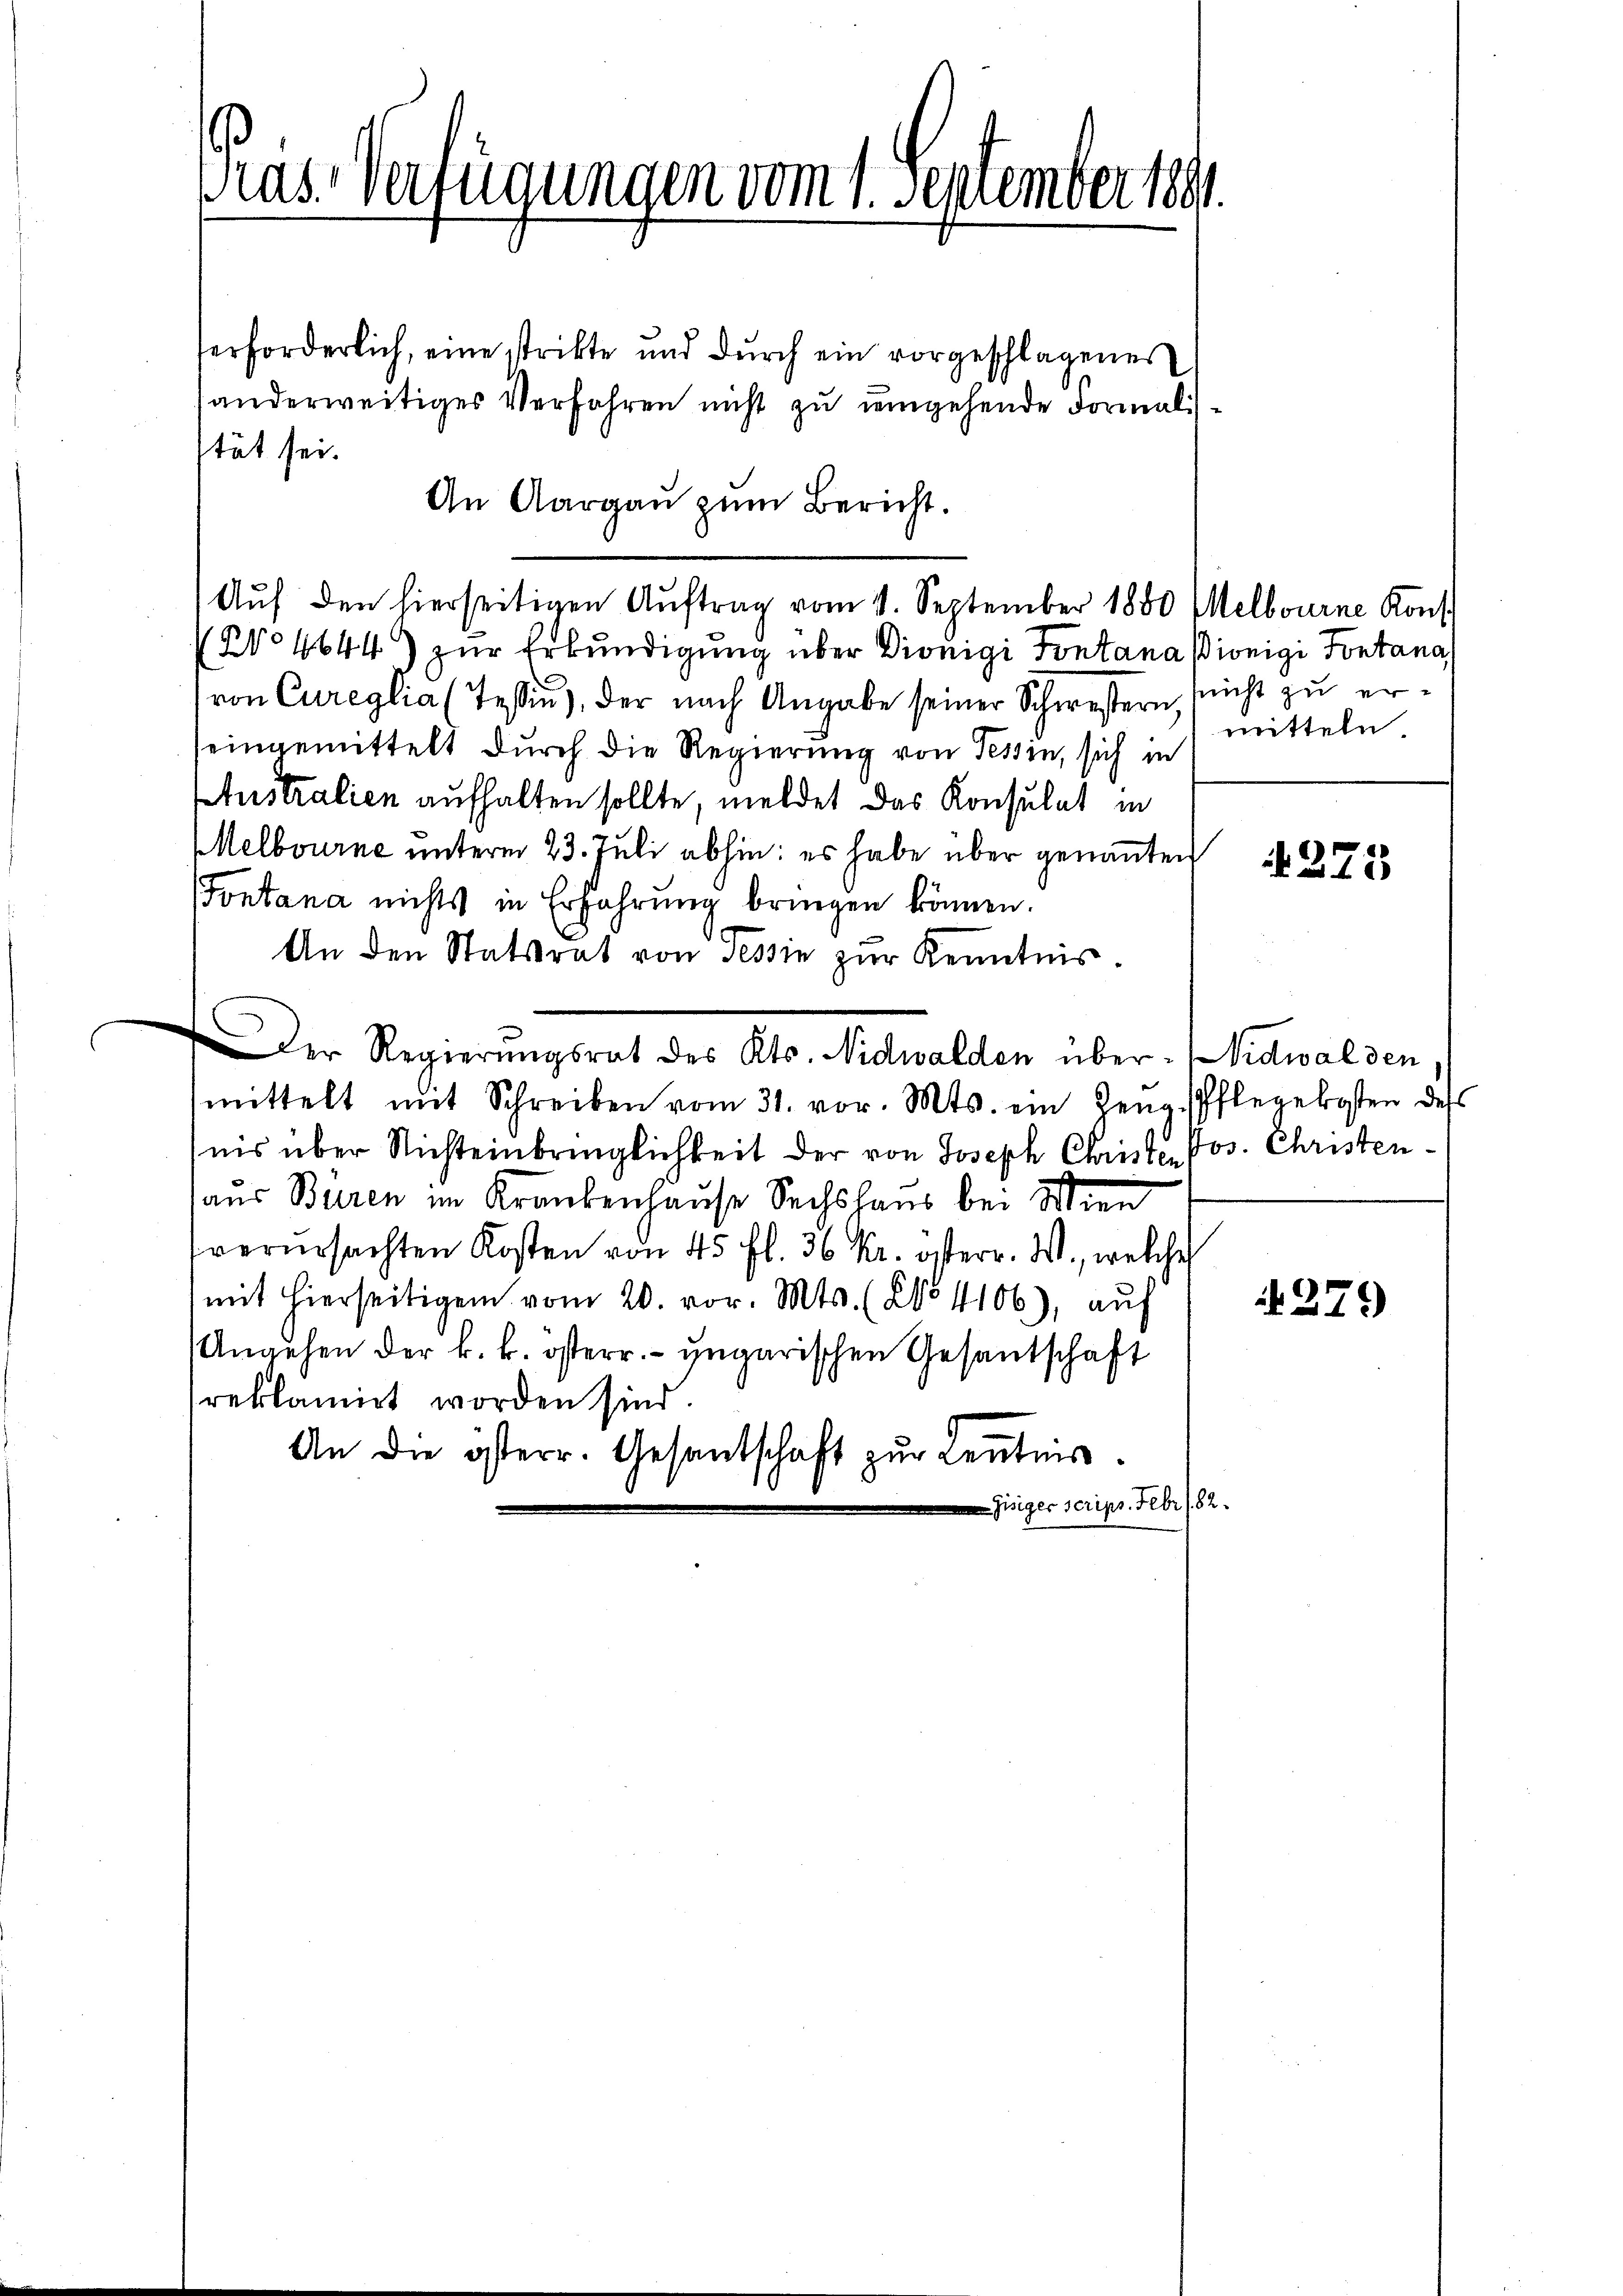
ras. Verfügungen vom 1. September 1891

erforderlich, eine strikte und dŭrch ein vorgeschlagener
anderweitiges Verfahren nicht zu umgehende Formalisstät sei.
An Aargau zum Bericht.
Auf den hierseitigen Auftrag vom 1. September 1880 Melbourne Kons
(No 4644) zur Erkundigung über Diönigi Pontana Pionigi Fontana,
von Cureglia (Tessin, der nach Angabe seiner Schwestern nicht zu er
eingemittelt durch die Regierung von Tessin, sich in
Australien aufhalten sollte, meldet das Konsulat in
Melbourne unterm 23. Juli abhin: es habe über genannten
Fontana nichts in Erfahrung bringen können.
An den Statstrat von Tessin zur Kenntnis.
 Der Regierungsrat des Kts. Nidwalden über. Nidwalden
mittelt mit Schreiben vom 31. vor. Mts. ein Zeŭg. Pflegekosten des
nis über Nichteinbringlichkeit der von Joseph Christer Pos. Christenaus Buren im Krankenhause Sechshaus bei Wien
verursachten Kosten von 45 fl. 36 kr. österr. W., welches
mit hierseitigen vom 20. vor. Mts. (No 4106), auf
Angehen der k. k. österr. ungarischen Gesantschaft
reklamirt worden sind.
An die österr. Gesentschaft zur Leutnis.
Gisiger scrips. Febr 182.

mitteln.

275

279